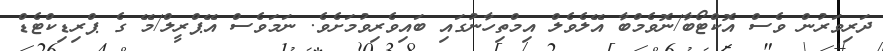
ދަރިވަރުން ވެސް އޮކްޓޯބާ/ނޮވެމްބާ އޭލެވެލް އިމްތިހާނުގައި ބައިވެރިވުމަށެވެ. ނަމަވެސް އޭޕްރީލް/މޭ ގެ ޕްރިޑިކްޓެޑް